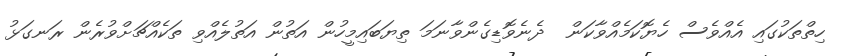
ހިތްތަކުގައި އެއްވެސް ހެޔޮކަމެއްވާކަން  ދެނެވޮޑިގެންވާނަމަ ތިޔަބައިމީހުން އަތުން އަތުލެއްވި ތަކެއްޗަށްވުރެން ރަނގަޅު